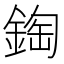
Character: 鋾